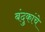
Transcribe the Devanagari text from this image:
बंदुकांचे